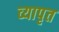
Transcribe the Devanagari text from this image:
व्यापृत